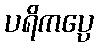
ပရိကပ္ပေ